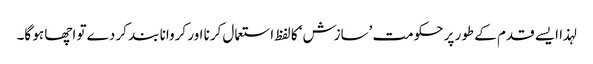
لہذا ایسے قدم کے طور پر حکومت ’سازش‘ کا لفظ استعمال کرنا اور کروانا بند کر دے تو اچھا ہو گا۔